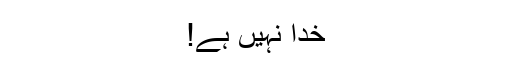
خدا نہیں ہے!